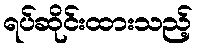
ရပ်ဆိုင်းထားသည့်